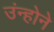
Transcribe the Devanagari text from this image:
उंन्होने